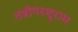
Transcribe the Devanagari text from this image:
तन्नोपरशुराम